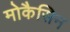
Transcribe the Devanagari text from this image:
मोकैसिन